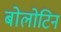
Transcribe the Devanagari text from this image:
बोलोटिन